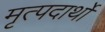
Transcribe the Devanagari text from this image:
मृत्पदार्थो